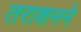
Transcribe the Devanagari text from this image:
तराशनने